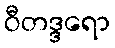
ဝီတဒ္ဒရော